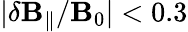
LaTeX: |\delta\mathbf{B}_{\parallel}/\mathbf{B}_{0}|<0.3